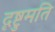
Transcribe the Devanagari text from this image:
दृष्टुमति